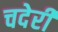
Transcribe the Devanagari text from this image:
चदेरी